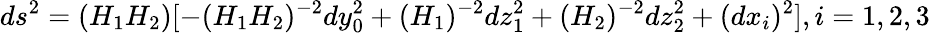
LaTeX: ds^{2}=(H_{1}H_{2})[-(H_{1}H_{2})^{-2}dy_{0}^{2}+(H_{1})^{-2}dz_{1}^{2}+(H_{2})^{-2}dz_{2}^{2}+(dx_{i})^{2}],i=1,2,3